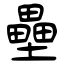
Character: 壘